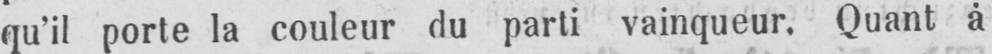
qu’il porte la couleur du parti vainqueur. Quant à